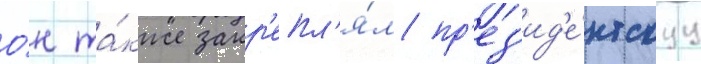
О́н та́кже закр'епл'я́л пр'ез'ид'е́нтскуу